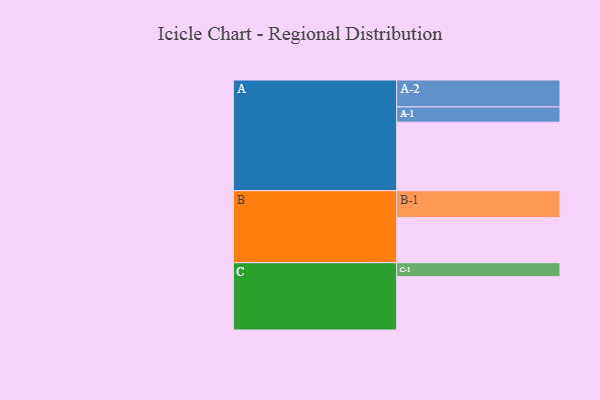
{"axis": {"x": "Segment", "y": "Value"}, "legend": ["", "A", "B", "C"], "data": [{"x": "A", "y": 521, "type": ""}, {"x": "B", "y": 344, "type": ""}, {"x": "C", "y": 406, "type": ""}, {"x": "A-1", "y": 116, "type": "A"}, {"x": "A-2", "y": 205, "type": "A"}, {"x": "B-1", "y": 204, "type": "B"}, {"x": "C-1", "y": 106, "type": "C"}]}